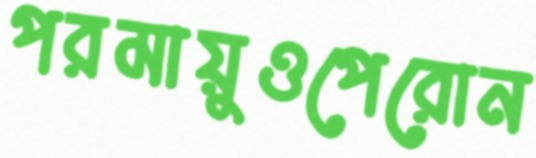
পরমায়ুওপেরোন